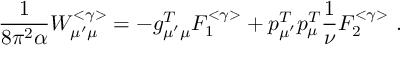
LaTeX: \frac { 1 } { 8 \pi ^ { 2 } \alpha } W _ { \mu ^ { \prime } \mu } ^ { < \gamma > } = - g _ { \mu ^ { \prime } \mu } ^ { T } F _ { 1 } ^ { < \gamma > } + p _ { \mu ^ { \prime } } ^ { T } p _ { \mu } ^ { T } \frac { 1 } { \nu } F _ { 2 } ^ { < \gamma > } \ .